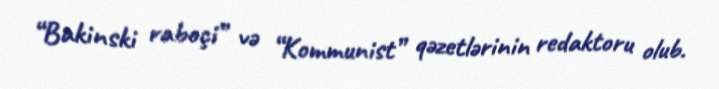
“Bakinski raboçi” və “Kommunist” qəzetlərinin redaktoru olub.